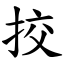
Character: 挍